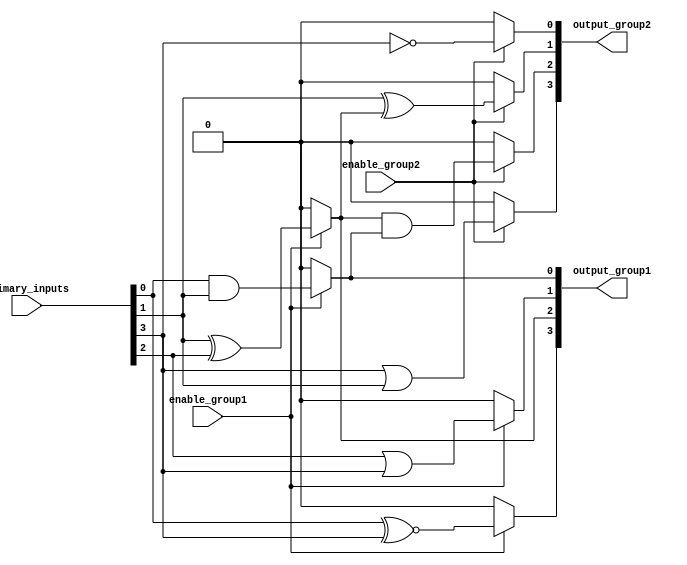
module overlapping_groups (
    input wire [3:0] primary_inputs, // 4-bit primary input signals
    input wire enable_group1,         // Control signal to activate group 1
    input wire enable_group2,         // Control signal to activate group 2
    output wire [3:0] output_group1,  // Outputs from group 1
    output wire [3:0] output_group2   // Outputs from group 2
);

// Group 1: AND and OR operations
wire [3:0] group1_inputs; // Inputs to group 1
assign group1_inputs = primary_inputs; // Group 1 uses primary inputs directly

// Group 1 Logic
assign output_group1[0] = enable_group1 ? (group1_inputs[0] & group1_inputs[1]) : 1'b0; // AND
assign output_group1[1] = enable_group1 ? (group1_inputs[2] | group1_inputs[3]) : 1'b0; // OR
assign output_group1[2] = enable_group1 ? (group1_inputs[1] ^ group1_inputs[2]) : 1'b0; // XOR
assign output_group1[3] = enable_group1 ? (group1_inputs[0] ~^ group1_inputs[3]) : 1'b0; // XNOR

// Group 2: XOR and NOT operations, sharing some inputs with Group 1
wire [3:0] group2_inputs; // Inputs to group 2
assign group2_inputs = {output_group1[0], output_group1[2], primary_inputs[1], primary_inputs[3]}; // Overlapping inputs

// Group 2 Logic
assign output_group2[0] = enable_group2 ? ~group2_inputs[0] : 1'b0; // NOT
assign output_group2[1] = enable_group2 ? (group2_inputs[1] ^ group2_inputs[2]) : 1'b0; // XOR
assign output_group2[2] = enable_group2 ? (group2_inputs[2] & group2_inputs[3]) : 1'b0; // AND
assign output_group2[3] = enable_group2 ? (group2_inputs[0] | group2_inputs[1]) : 1'b0; // OR

endmodule